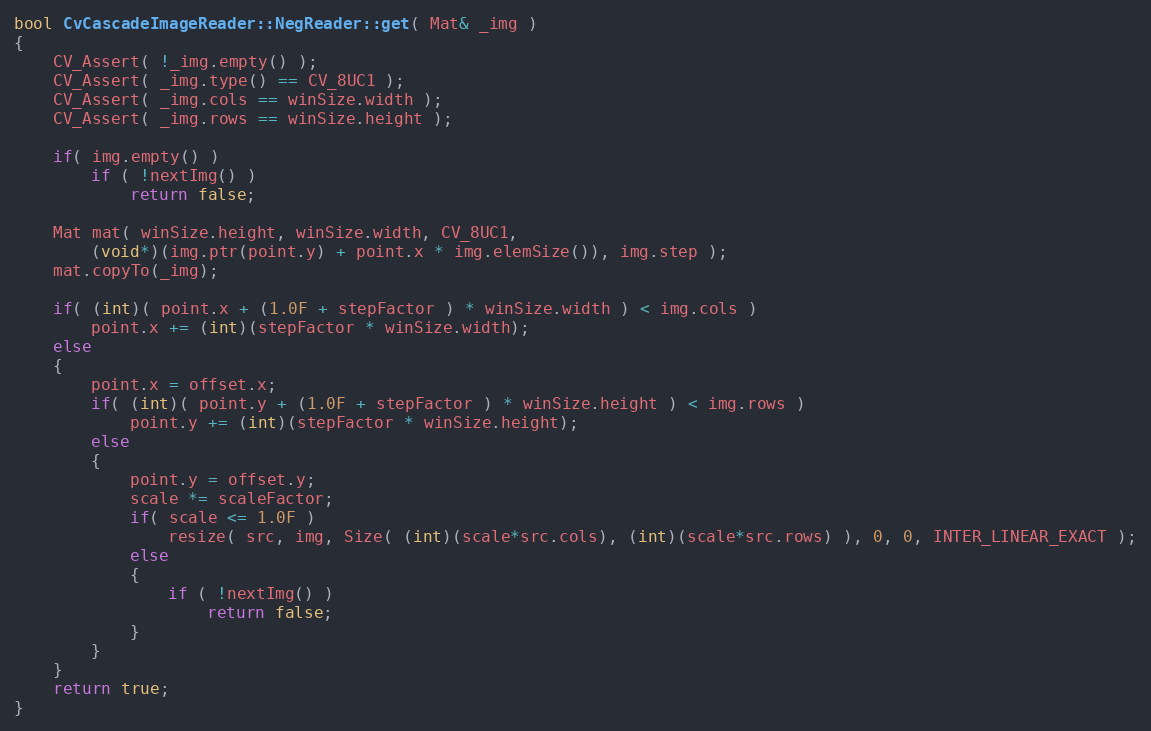
Language: C++
bool CvCascadeImageReader::NegReader::get( Mat& _img )
{
    CV_Assert( !_img.empty() );
    CV_Assert( _img.type() == CV_8UC1 );
    CV_Assert( _img.cols == winSize.width );
    CV_Assert( _img.rows == winSize.height );

    if( img.empty() )
        if ( !nextImg() )
            return false;

    Mat mat( winSize.height, winSize.width, CV_8UC1,
        (void*)(img.ptr(point.y) + point.x * img.elemSize()), img.step );
    mat.copyTo(_img);

    if( (int)( point.x + (1.0F + stepFactor ) * winSize.width ) < img.cols )
        point.x += (int)(stepFactor * winSize.width);
    else
    {
        point.x = offset.x;
        if( (int)( point.y + (1.0F + stepFactor ) * winSize.height ) < img.rows )
            point.y += (int)(stepFactor * winSize.height);
        else
        {
            point.y = offset.y;
            scale *= scaleFactor;
            if( scale <= 1.0F )
                resize( src, img, Size( (int)(scale*src.cols), (int)(scale*src.rows) ), 0, 0, INTER_LINEAR_EXACT );
            else
            {
                if ( !nextImg() )
                    return false;
            }
        }
    }
    return true;
}